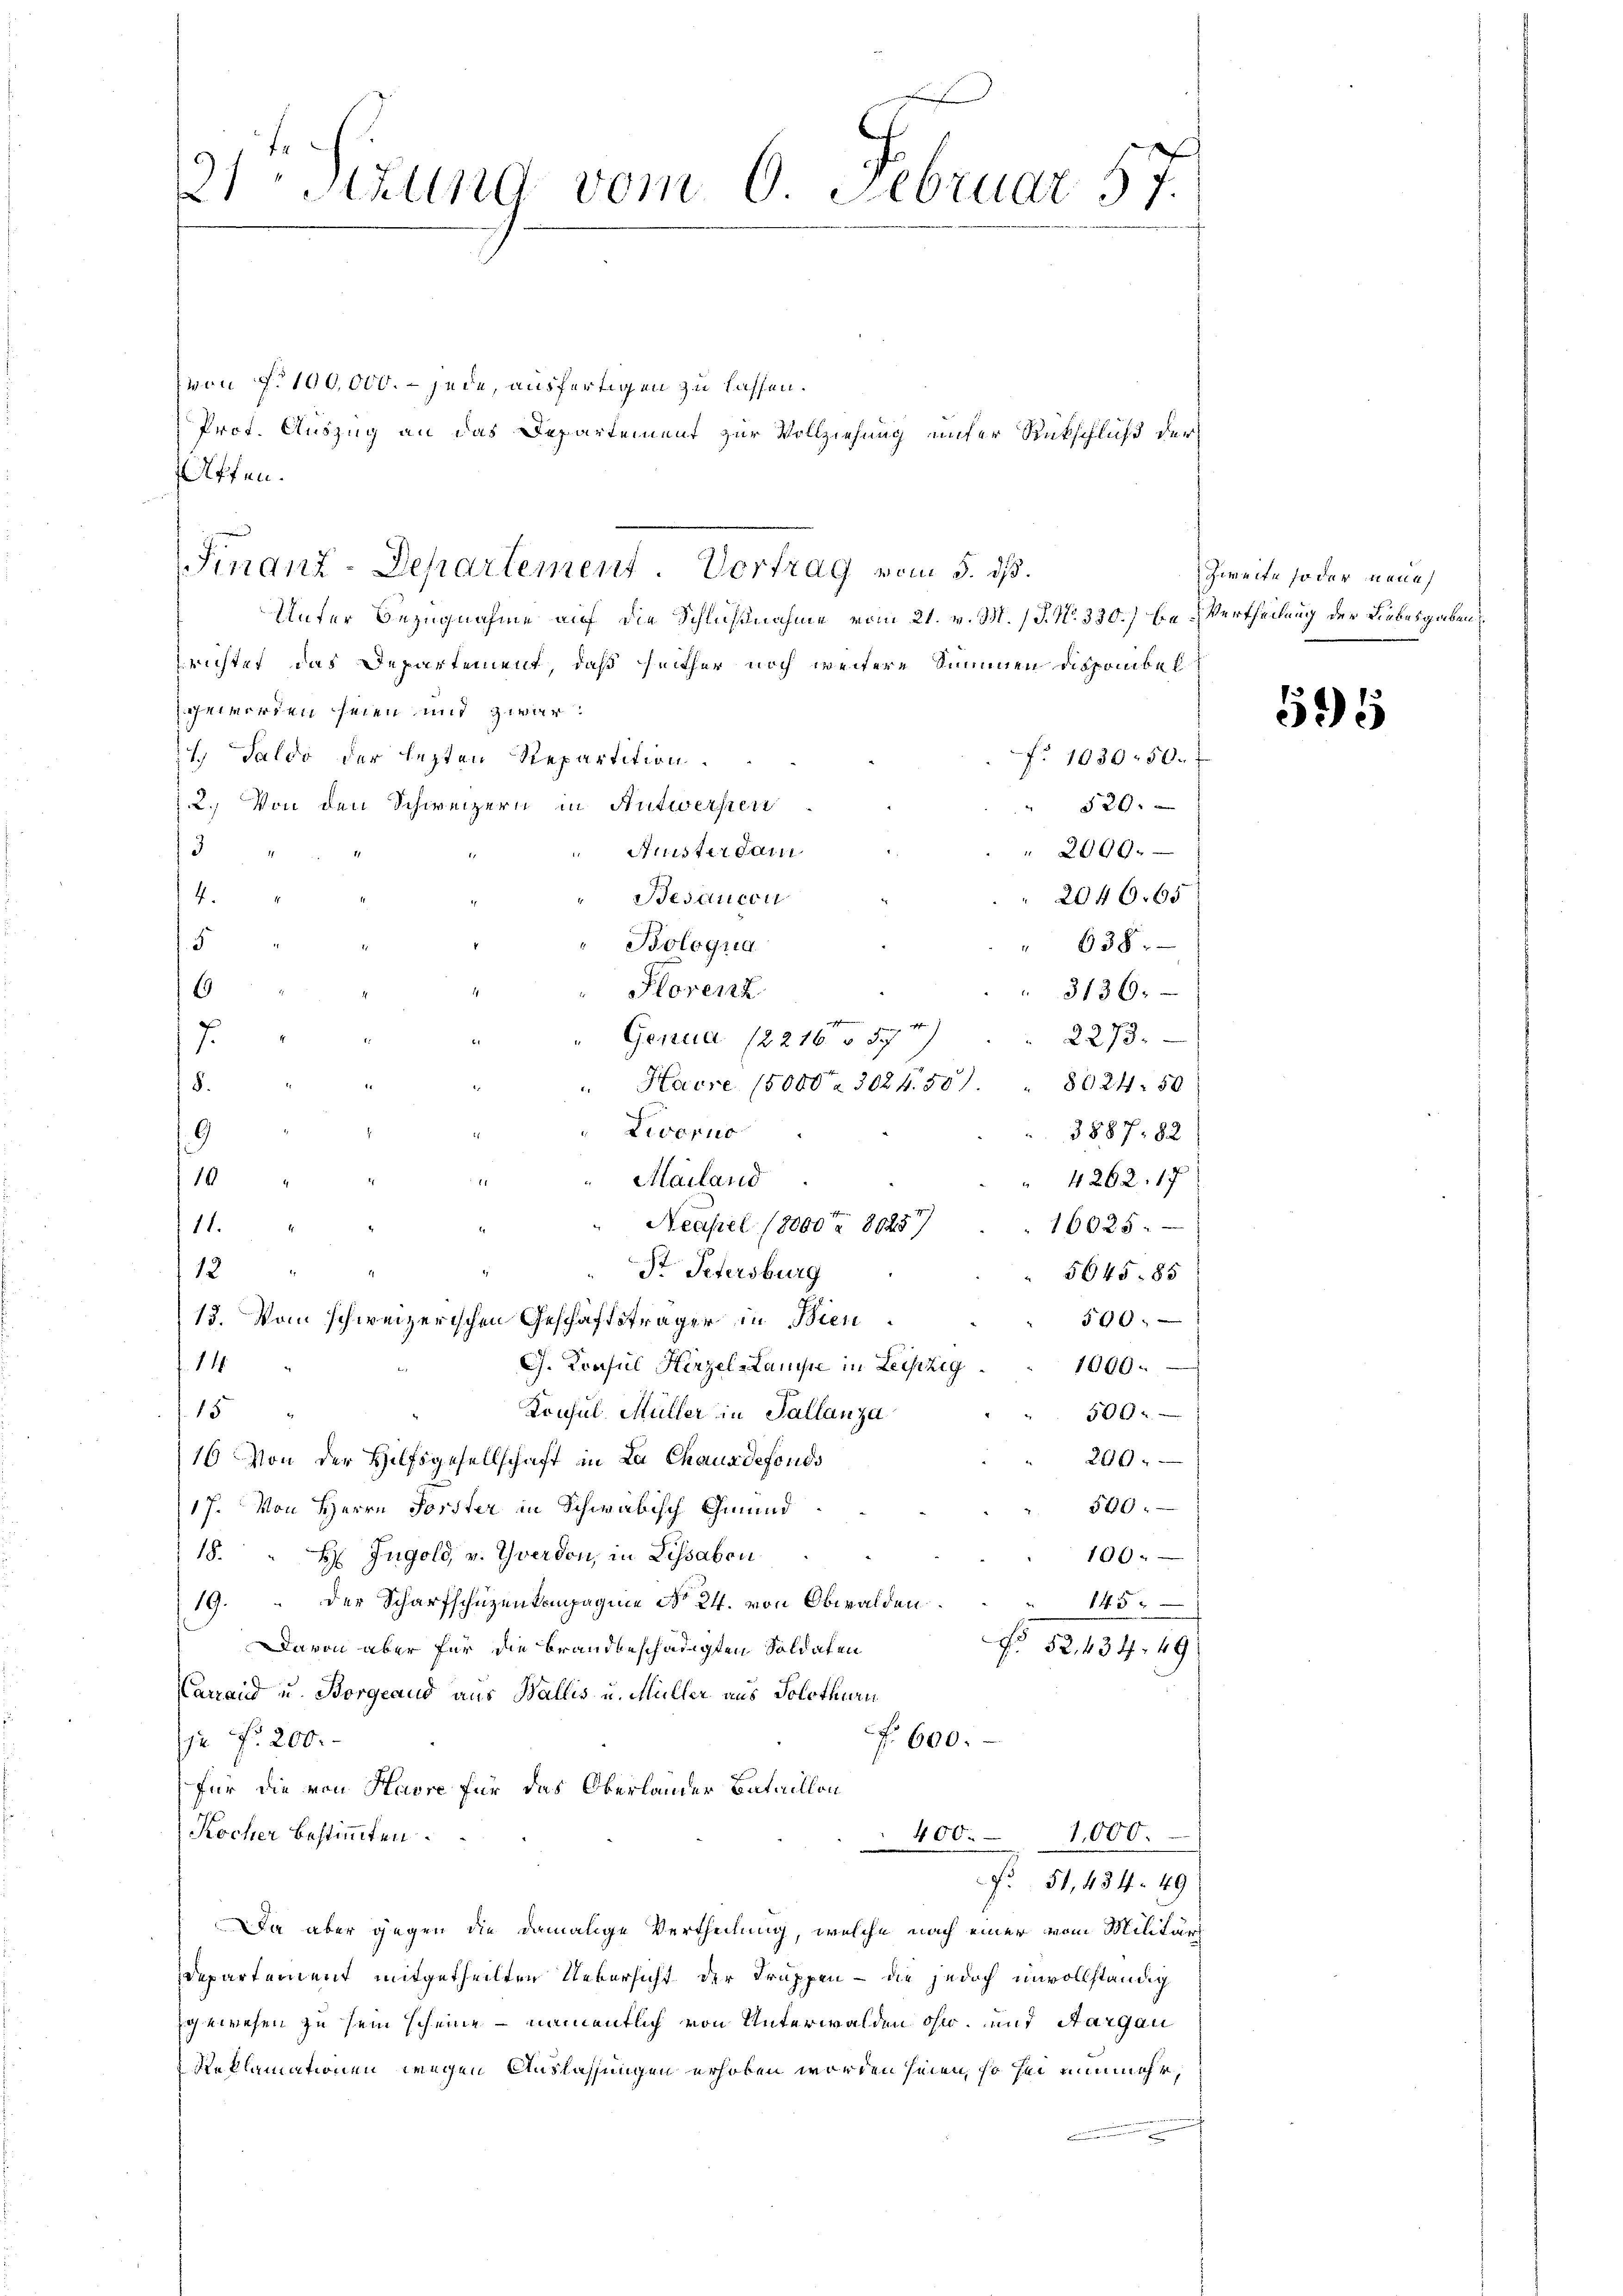
Unter Bezugnahme auf die Schlußnahme vom 21. v. M. (T. No. 330.) Ein Vertheilung der Liebesgaben
richtet das Departement, daß seither noch weitere Summen disponibel
ge werden seien mit zwar
7.) Saldo der lezten Repartition
f. 1030 50.
2. Von den Schweizern in Antwersten
520.
2096.
Mister dam
3
Besaucon
2046,65
4.
" Bologua
638.
5
6
Florenz
3136.

2273.
" Genua (221657
7
Hacre 15000. 302 f. 501.
§.
8624. 50
Liverno
3887. 82
9
i
10
Mailand
4262. 17
Neapel (8000 8025
16025.
11.
St Petersburg
12
5645. 85
50
13. Vom schweizerischen Geschäftsträger in Bien
14
G. Konsul Hirzel Lampe in Leipzig
1060.
15
Konsul Müller in Tallanza
5092
16 Von der Hilfsgesellschaft in La Chaus defonds
200
520
17. Von Herrn Forster in Schwäbisch Gmund
18. H. Ingold, v. Yverdon, in Lissabon
150
19. der Scharfschüzenkompagnie No 24. von Obwalden
145
f 52. 434. 49
Davon aber für die Brandbeschädigten Soldaten
Carrand u. Borgeaud aus Wallis u. Müller aus Solothurn
f 600.
2 Fr. 200.-
für die von Havre für das Oberlander Bataillon
Kocher bestimmten.
400. 1000.
F. 51, 484. 49
Da aber gegen die damalige Vertheilung, welche nach einer vom Militärs
Departement mitgetheilten Uebersicht der Truppen – die jedoch unvollständig
gewesen zu sein scheine – namentlich von Unterwalden ohn und Aargau
Reklamationen wegen Auslassungen erhoben worden seien, so sei nunmehr,

21 stung vom 6. Februar 57.
von No 100,000. – jede, ausfertigen zu lassen.
Prot. Auszug an das Departement zur Vollziehung unter Rückschluß der
Affen.

Finanz-Departement. Vortrag vom 5. ds.

595

Zweite so der neue